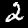
Digit: 2